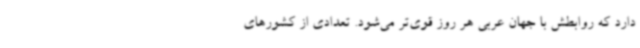
دارد که روابطش با جهان عربی هر روز قوی‌تر می‌شود. تعدادی از کشورهای